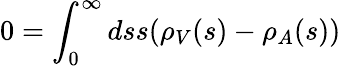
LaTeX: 0=\int_{0}^{\infty}dss(\rho_{V}(s)-\rho_{A}(s))